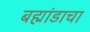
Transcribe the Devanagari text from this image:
बह्मांडाचा